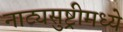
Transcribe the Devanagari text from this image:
नाट्यसुष्ट्रीमध्ये